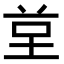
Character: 𭎙